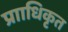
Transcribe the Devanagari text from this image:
प्रााधिकृत